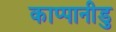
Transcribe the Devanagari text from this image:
काप्पानीडु